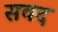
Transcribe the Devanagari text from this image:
सवद